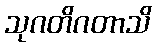
သုဂတိဂတာသိ